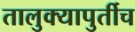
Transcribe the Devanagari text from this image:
तालुक्यापुर्तीच